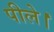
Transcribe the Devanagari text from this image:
पीले।